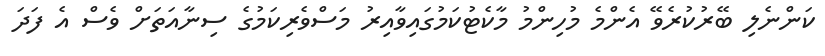
ކަންނެލި ބޭރުކުރެވޭ އެންމެ މުހިންމު މާކެޓުކަމުގައިވާއިރު މަސްވެރިކަމުގެ ސިނާއަތަށް ވެސް އެ ފަދަ